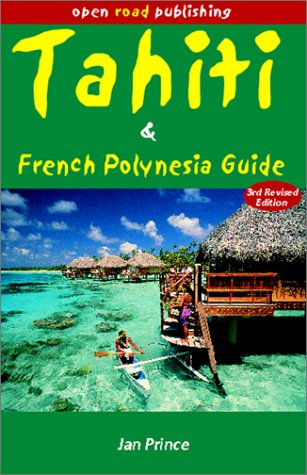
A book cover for Tahiti & French Polynesia Guide, 3rd Edition (Open Road's Tahiti & French Polynesia Guide); Jan Prince; Travel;